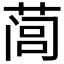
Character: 𰱩